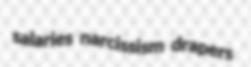
salaries narcissism drapers